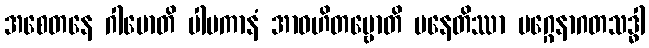
အစေတနေ ဂါမောတိ ပါပကာနံ အာဝဟိတဗ္ဗောတိ ပနေတိဿာ မဂ္ဂေနာဂတသဒ္ဓါ